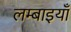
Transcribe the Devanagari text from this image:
लम्बाइयाँ